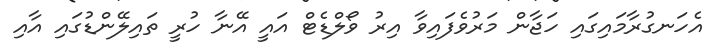
އެހަނގުރާމައިގައި ހަޖާން މަރުވެފައިވާ އިރު ވޯލްޑެޓް އައީ އޭނާ ހުރީ ތައިލޭންޑުގައި އާއި